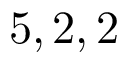
5 , 2 , 2